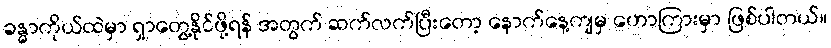
ခန္ဓာကိုယ်ထဲမှာ ရှာတွေ့နိုင်ဖို့ရန် အတွက် ဆက်လက်ပြီးတော့ နောက်နေ့ကျမှ ဟောကြားမှာ ဖြစ်ပါတယ်။